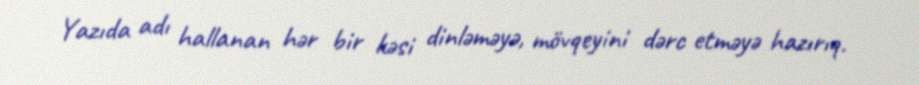
Yazıda adı hallanan hər bir kəsi dinləməyə, mövqeyini dərc etməyə hazırıq.